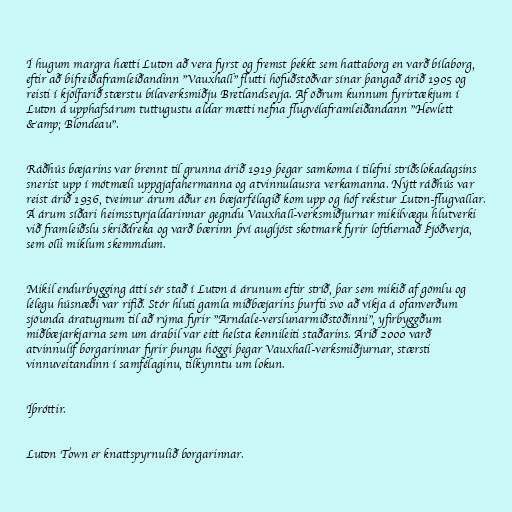
Í hugum margra hætti Luton að vera fyrst og fremst þekkt sem hattaborg en varð bílaborg,
eftir að bifreiðaframleiðandinn "Vauxhall" flutti höfuðstöðvar sínar þangað árið 1905 og
reisti í kjölfarið stærstu bílaverksmiðju Bretlandseyja. Af öðrum kunnum fyrirtækjum í
Luton á upphafsárum tuttugustu aldar mætti nefna flugvélaframleiðandann "Hewlett
&amp; Blondeau".

Ráðhús bæjarins var brennt til grunna árið 1919 þegar samkoma í tilefni stríðslokadagsins
snerist upp í mótmæli uppgjafahermanna og atvinnulausra verkamanna. Nýtt ráðhús var
reist árið 1936, tveimur árum áður en bæjarfélagið kom upp og hóf rekstur Luton-flugvallar.
Á árum síðari heimsstyrjaldarinnar gegndu Vauxhall-verksmiðjurnar mikilvægu hlutverki
við framleiðslu skriðdreka og varð bærinn því augljóst skotmark fyrir lofthernað Þjóðverja,
sem olli miklum skemmdum.

Mikil endurbygging átti sér stað í Luton á árunum eftir stríð, þar sem mikið af gömlu og
lélegu húsnæði var rifið. Stór hluti gamla miðbæjarins þurfti svo að víkja á ofanverðum
sjöunda áratugnum til að rýma fyrir "Arndale-verslunarmiðstöðinni", yfirbyggðum
miðbæjarkjarna sem um árabil var eitt helsta kennileiti staðarins. Árið 2000 varð
atvinnulíf borgarinnar fyrir þungu höggi þegar Vauxhall-verksmiðjurnar, stærsti
vinnuveitandinn í samfélaginu, tilkynntu um lokun.

Íþróttir.

Luton Town er knattspyrnulið borgarinnar.